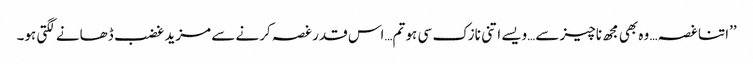
’’اتنا غصہ… وہ بھی مجھ ناچیز سے…ویسے اتنی نازک سی ہو تم…اس قدر غصہ کرنے سے مزید غضب ڈھانے لگتی ہو۔